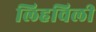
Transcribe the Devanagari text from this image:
लिहविली